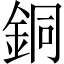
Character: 銅